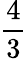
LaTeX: \frac{4}{3}